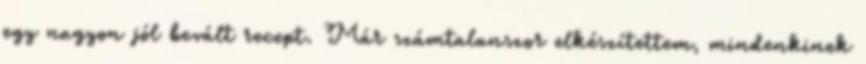
egy nagyon jól bevált recept. Már számtalanszor elkészítettem, mindenkinek